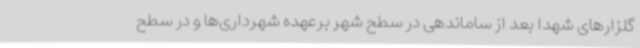
گلزارهای شهدا بعد از ساماندهی در سطح شهر برعهده شهرداری‌ها و در سطح